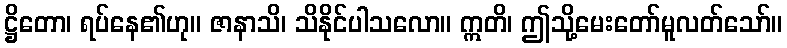
ဋ္ဌိတော၊ ရပ်နေ၏ဟု။ ဇာနာသိ၊ သိနိုင်ပါသလော။ ဣတိ၊ ဤသို့မေးတော်မူလတ်သော်။